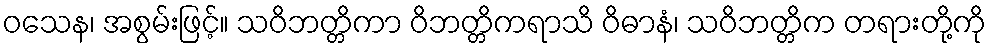
ဝသေန၊ အစွမ်းဖြင့်။ သဝိဘတ္တိကာ ဝိဘတ္တိကရာသိ ဝိဓာနံ၊ သဝိဘတ္တိက တရားတို့ကို